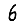
Digit: 6